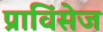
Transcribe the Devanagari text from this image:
प्राविंसेज